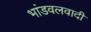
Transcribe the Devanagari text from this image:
भांडवलवादी